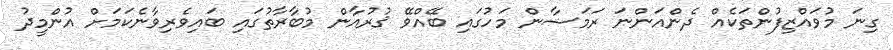
ގިނަ މުވައްޒިފުންތަކެއް ދެންއަންނަ ރަމަޟާން މަހުގައި ބޭއްވޭ ޤުރުއާން މުބާރާތުގައި ބައިވެރިވާނެކަމަށް އުންމީދު